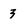
Character: 3